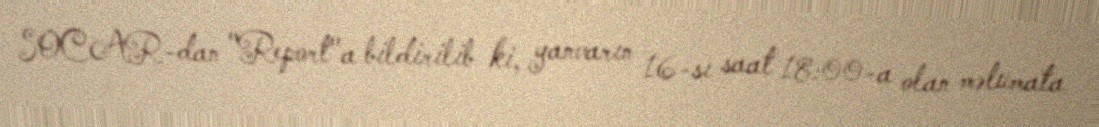
SOCAR-dan "Report"a bildirilib ki, yanvarın 16-sı saat 18:00-a olan məlumata